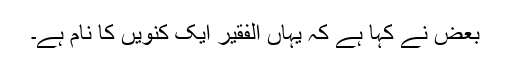
بعض نے کہا ہے کہ یہاں الفقیر ایک کنویں کا نام ہے۔